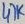
Text: 47K